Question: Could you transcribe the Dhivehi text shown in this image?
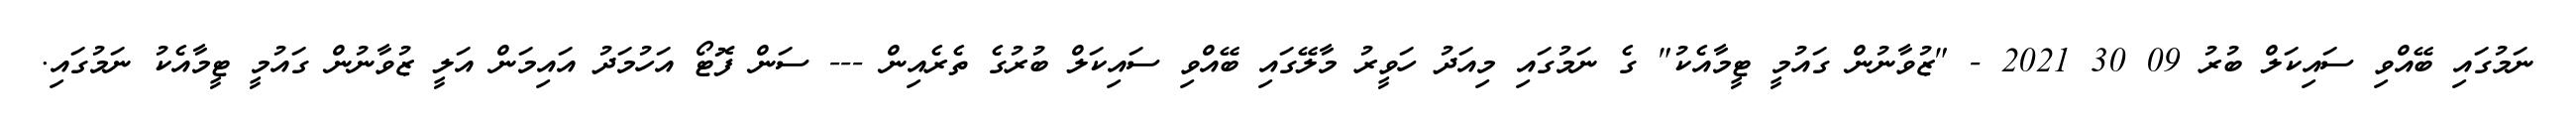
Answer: ނަމުގައި ބޭއްވި ސައިކަލް ބުރު 09 30 2021 - "ޒުވާނުން ގައުމީ ޓީމާއެކު" ގެ ނަމުގައި މިއަދު ހަވީރު މާލޭގައި ބޭއްވި ސައިކަލް ބުރުގެ ތެރެއިން --- ސަން ފޮޓޯ އަހުމަދު އައިމަން އަލީ ޒުވާނުން ގައުމީ ޓީމާއެކު ނަމުގައި.